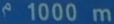
21000m